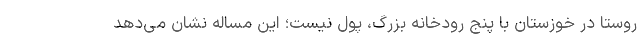
روستا در خوزستان با پنج رودخانه بزرگ، پول نیست؛ این مساله نشان می‌دهد